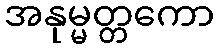
အနုမ္မတ္တကော